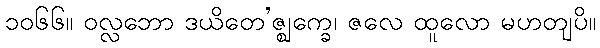
၁၀၆၆။ ဝလ္လဘော ဒယိတေ’ဇ္ဈက္ခေ၊ ဇလေ ထူလော မဟတျပိ။